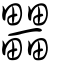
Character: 𤳹